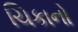
ચિકાનો